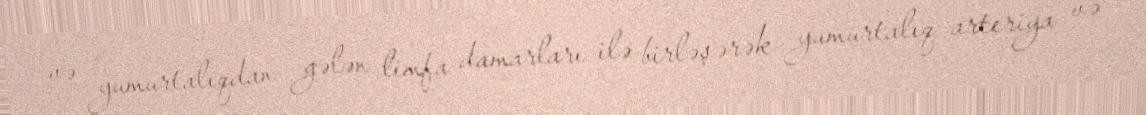
və yumurtalıqdan gələn limfa damarları ilə birləşərək yumurtalıq arteriya və